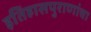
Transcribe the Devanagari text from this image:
इतिहासपुराणांचा